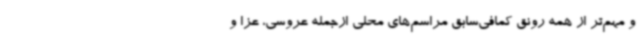
و مهم‌تر از همه رونق کمافی‌سابق مراسم‌های محلی ازجمله عروسی، عزا و